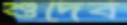
শুদেব